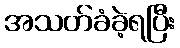
အသတ်ခံခဲ့ရပြီး